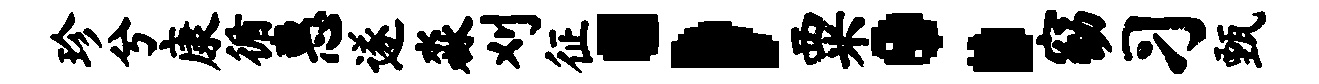
珍兮康循惠遂淼刈征；粟：窈习甄